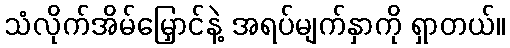
သံလိုက်အိမ်မြှောင်နဲ့ အရပ်မျက်နှာကို ရှာတယ်။